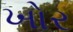
ખોર